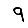
Digit: 9